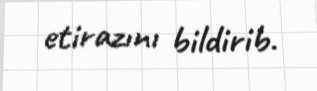
etirazını bildirib.